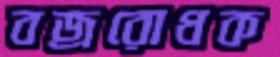
বজ্ররোধক